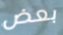
بعض